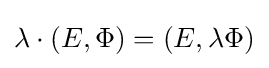
\lambda \cdot (E,\Phi )=(E,\lambda \Phi )